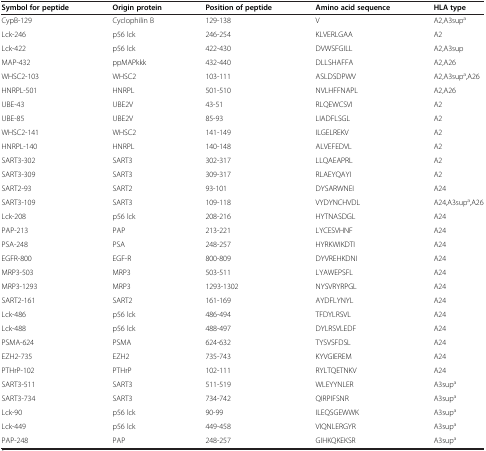
<table><thead><tr><td><b>Symbol for peptide</b></td><td><b>Origin protein</b></td><td><b>Position of peptide</b></td><td><b>Amino acid sequence</b></td><td><b>HLA type</b></td></tr></thead><tbody><tr><td>CypB-129</td><td>Cyclophilin B</td><td>129-138</td><td>V</td><td>A2,A3sup<sup>a</sup></td></tr><tr><td>Lck-246</td><td>p56 lck</td><td>246-254</td><td>KLVERLGAA</td><td>A2</td></tr><tr><td>Lck-422</td><td>p56 lck</td><td>422-430</td><td>DVWSFGILL</td><td>A2,A3sup</td></tr><tr><td>MAP-432</td><td>ppMAPkkk</td><td>432-440</td><td>DLLSHAFFA</td><td>A2,A26</td></tr><tr><td>WHSC2-103</td><td>WHSC2</td><td>103-111</td><td>ASLDSDPWV</td><td>A2,A3sup<sup>a</sup>,A26</td></tr><tr><td>HNRPL-501</td><td>HNRPL</td><td>501-510</td><td>NVLHFFNAPL</td><td>A2,A26</td></tr><tr><td>UBE-43</td><td>UBE2V</td><td>43-51</td><td>RLQEWCSVI</td><td>A2</td></tr><tr><td>UBE-85</td><td>UBE2V</td><td>85-93</td><td>LIADFLSGL</td><td>A2</td></tr><tr><td>WHSC2-141</td><td>WHSC2</td><td>141-149</td><td>ILGELREKV</td><td>A2</td></tr><tr><td>HNRPL-140</td><td>HNRPL</td><td>140-148</td><td>ALVEFEDVL</td><td>A2</td></tr><tr><td>SART3-302</td><td>SART3</td><td>302-317</td><td>LLQAEAPRL</td><td>A2</td></tr><tr><td>SART3-309</td><td>SART3</td><td>309-317</td><td>RLAEYQAYI</td><td>A2</td></tr><tr><td>SART2-93</td><td>SART2</td><td>93-101</td><td>DYSARWNEI</td><td>A24</td></tr><tr><td>SART3-109</td><td>SART3</td><td>109-118</td><td>VYDYNCHVDL</td><td>A24,A3sup<sup>a</sup>,A26</td></tr><tr><td>Lck-208</td><td>p56 lck</td><td>208-216</td><td>HYTNASDGL</td><td>A24</td></tr><tr><td>PAP-213</td><td>PAP</td><td>213-221</td><td>LYCESVHNF</td><td>A24</td></tr><tr><td>PSA-248</td><td>PSA</td><td>248-257</td><td>HYRKWIKDTI</td><td>A24</td></tr><tr><td>EGFR-800</td><td>EGF-R</td><td>800-809</td><td>DYVREHKDNI</td><td>A24</td></tr><tr><td>MRP3-503</td><td>MRP3</td><td>503-511</td><td>LYAWEPSFL</td><td>A24</td></tr><tr><td>MRP3-1293</td><td>MRP3</td><td>1293-1302</td><td>NYSVRYRPGL</td><td>A24</td></tr><tr><td>SART2-161</td><td>SART2</td><td>161-169</td><td>AYDFLYNYL</td><td>A24</td></tr><tr><td>Lck-486</td><td>p56 lck</td><td>486-494</td><td>TFDYLRSVL</td><td>A24</td></tr><tr><td>Lck-488</td><td>p56 lck</td><td>488-497</td><td>DYLRSVLEDF</td><td>A24</td></tr><tr><td>PSMA-624</td><td>PSMA</td><td>624-632</td><td>TYSVSFDSL</td><td>A24</td></tr><tr><td>EZH2-735</td><td>EZH2</td><td>735-743</td><td>KYVGIEREM</td><td>A24</td></tr><tr><td>PTHrP-102</td><td>PTHrP</td><td>102-111</td><td>RYLTQETNKV</td><td>A24</td></tr><tr><td>SART3-511</td><td>SART3</td><td>511-519</td><td>WLEYYNLER</td><td>A3sup<sup>a</sup></td></tr><tr><td>SART3-734</td><td>SART3</td><td>734-742</td><td>QIRPIFSNR</td><td>A3sup<sup>a</sup></td></tr><tr><td>Lck-90</td><td>p56 lck</td><td>90-99</td><td>ILEQSGEWWK</td><td>A3sup<sup>a</sup></td></tr><tr><td>Lck-449</td><td>p56 lck</td><td>449-458</td><td>VIQNLERGYR</td><td>A3sup<sup>a</sup></td></tr><tr><td>PAP-248</td><td>PAP</td><td>248-257</td><td>GIHKQKEKSR</td><td>A3sup<sup>a</sup></td></tr></tbody></table>